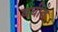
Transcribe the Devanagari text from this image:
बघीत